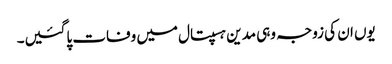
یوں ان کی زوجہ وہی مدین ہسپتال میں وفات پاگئیں۔